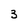
Character: 3